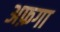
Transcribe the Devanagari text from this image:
अफ़गा